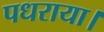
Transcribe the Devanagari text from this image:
पधराया।